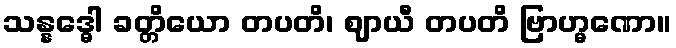
သန္နဒ္ဓေါ ခတ္တိယော တပတိ၊ ဈာယီ တပတိ ဗြာဟ္မဏော။